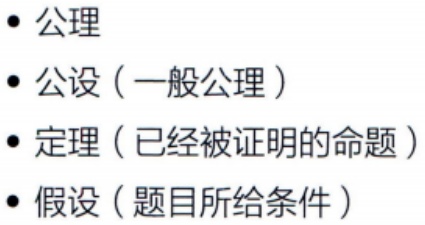
#NAME?